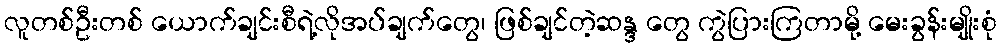
လူတစ်ဦးတစ် ယောက်ချင်းစီရဲ့လိုအပ်ချက်တွေ၊ ဖြစ်ချင်တဲ့ဆန္ဒ တွေ ကွဲပြားကြတာမို့ မေးခွန်းမျိုးစုံ